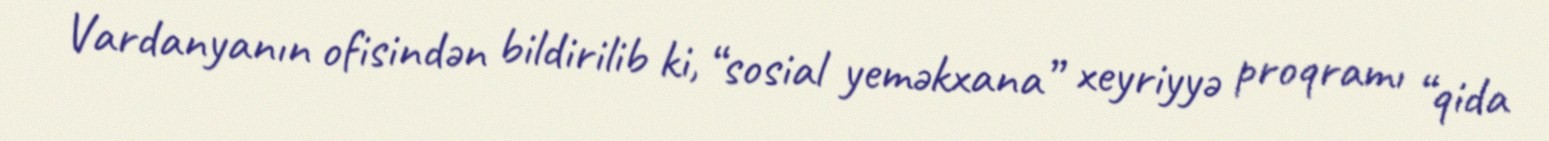
Vardanyanın ofisindən bildirilib ki, “sosial yeməkxana” xeyriyyə proqramı “qida